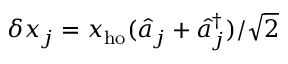
\delta x _ { j } = x _ { \mathrm { h o } } ( \hat { a } _ { j } + \hat { a } _ { j } ^ { \dagger } ) / \sqrt { 2 }